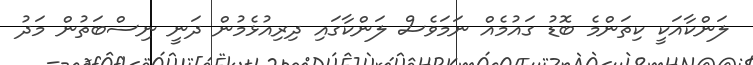
ލަންކާއަކީ ކިތަންމެ ބޮޑު ގައުމެއް ނަމަވެސް ލަންކާގައި ދިރިއުޅެމުން ދަނީ ނިސްބަތުން މަދު